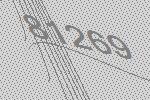
81269